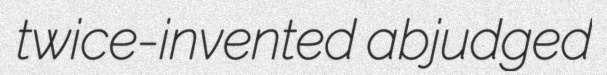
twice-invented abjudged